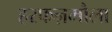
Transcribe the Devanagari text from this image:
हरफऩमौला